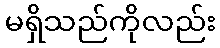
မရှိသည်ကိုလည်း